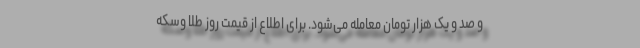
و صد و یک هزار تومان معامله می‌شود. برای اطلاع از قیمت روز طلا وسکه